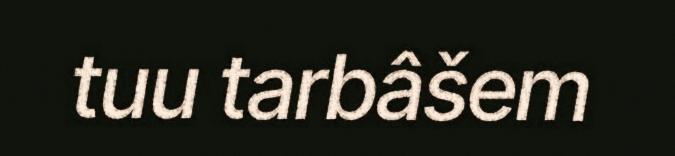
tuu tarbâšem